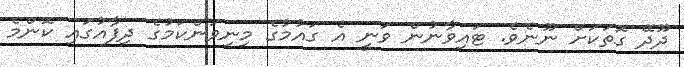
ދޫދޭ ގޮތަކަށް ނޫނެވެ. ޓައިވާނުން ވަނީ އެ ގައުމުގެ މިނިވަންކަމުގެ ދިފާއުގައި ކޮންމެ